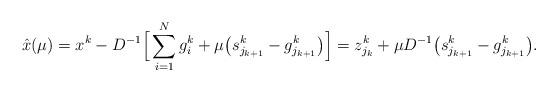
LaTeX: \begin{align*}\hat{x}(\mu)=x^k-D^{-1}\Big[\sum_{i=1}^N g_i^{k} + \mu\big(s_{j_{k+1}}^k-g^{k}_{j_{k+1}}\big)\Big]= z^k_{j_k}+ \mu D^{-1}\big(s_{j_{k+1}}^k-g^{k}_{j_{k+1}}\big). \end{align*}